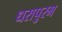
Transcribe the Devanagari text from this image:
धरापुरम